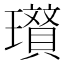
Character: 𭺐